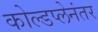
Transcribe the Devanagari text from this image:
कोल्डप्लेनंतर